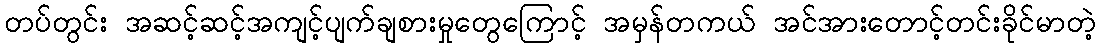
တပ်တွင်း အဆင့်ဆင့်အကျင့်ပျက်ချစားမှုတွေကြောင့် အမှန်တကယ် အင်အားတောင့်တင်းခိုင်မာတဲ့